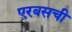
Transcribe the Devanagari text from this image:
एरबसची